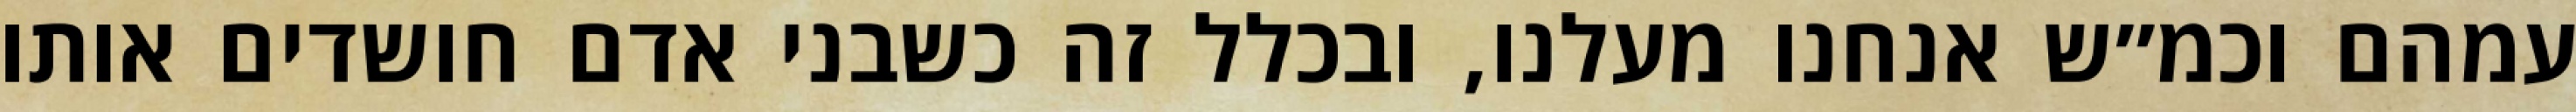
עמהם וכמ״ש אנחנו מעלנו, ובכלל זה כשבני אדם חושדים אותו